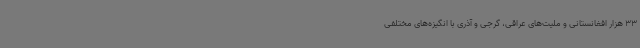
33 هزار افغانستانی و ملیت‌های عراقی، گرجی و آذری با انگیزه‌های مختلفی